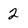
Character: 2